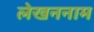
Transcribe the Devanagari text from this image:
लेखननाम